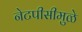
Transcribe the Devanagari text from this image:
नेटपीसीमुळे